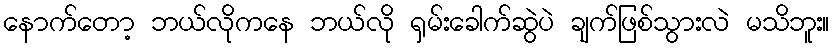
နောက်တော့ ဘယ်လိုကနေ ဘယ်လို ရှမ်းခေါက်ဆွဲပဲ ချက်ဖြစ်သွားလဲ မသိဘူး။